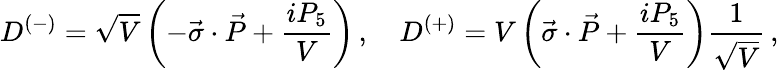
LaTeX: D^{(-)}=\sqrt{V}\left(-\vec{\sigma}\cdot\vec{P}+\frac{iP_{5}}{V}\right)\, ,\quad D^{(+)}=V\left(\vec{\sigma}\cdot\vec{P}+\frac{iP_{5}}{V}\right)\frac{1}{\sqrt{V}}\, ,